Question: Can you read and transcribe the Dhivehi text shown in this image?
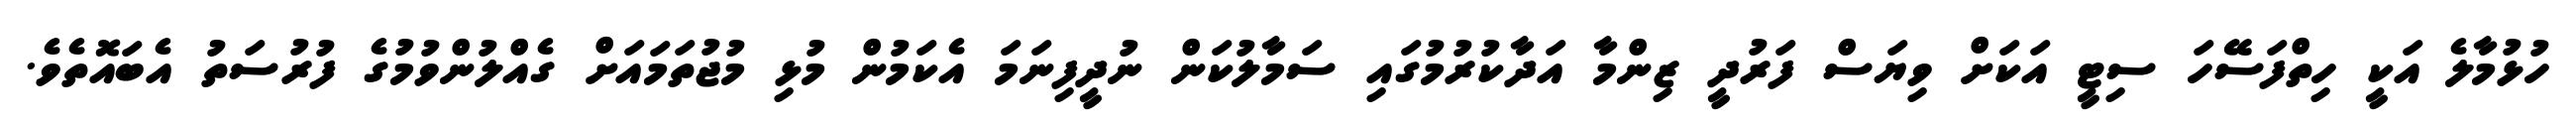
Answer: ހުޅުމާލެ އަކީ ހިތްފަސޭހަ ސިޓީ އަކަށް ވިޔަސް ފަރުދީ ޒިންމާ އަދާކުރުމުގައި ސަމާލުކަން ނުދީފިނަމަ އެކަމުން މުޅި މުޖުތަމައަށް ގެއްލުންވުމުގެ ފުރުސަތު އެބައޮތެވެ.